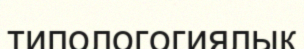
типологогиялық